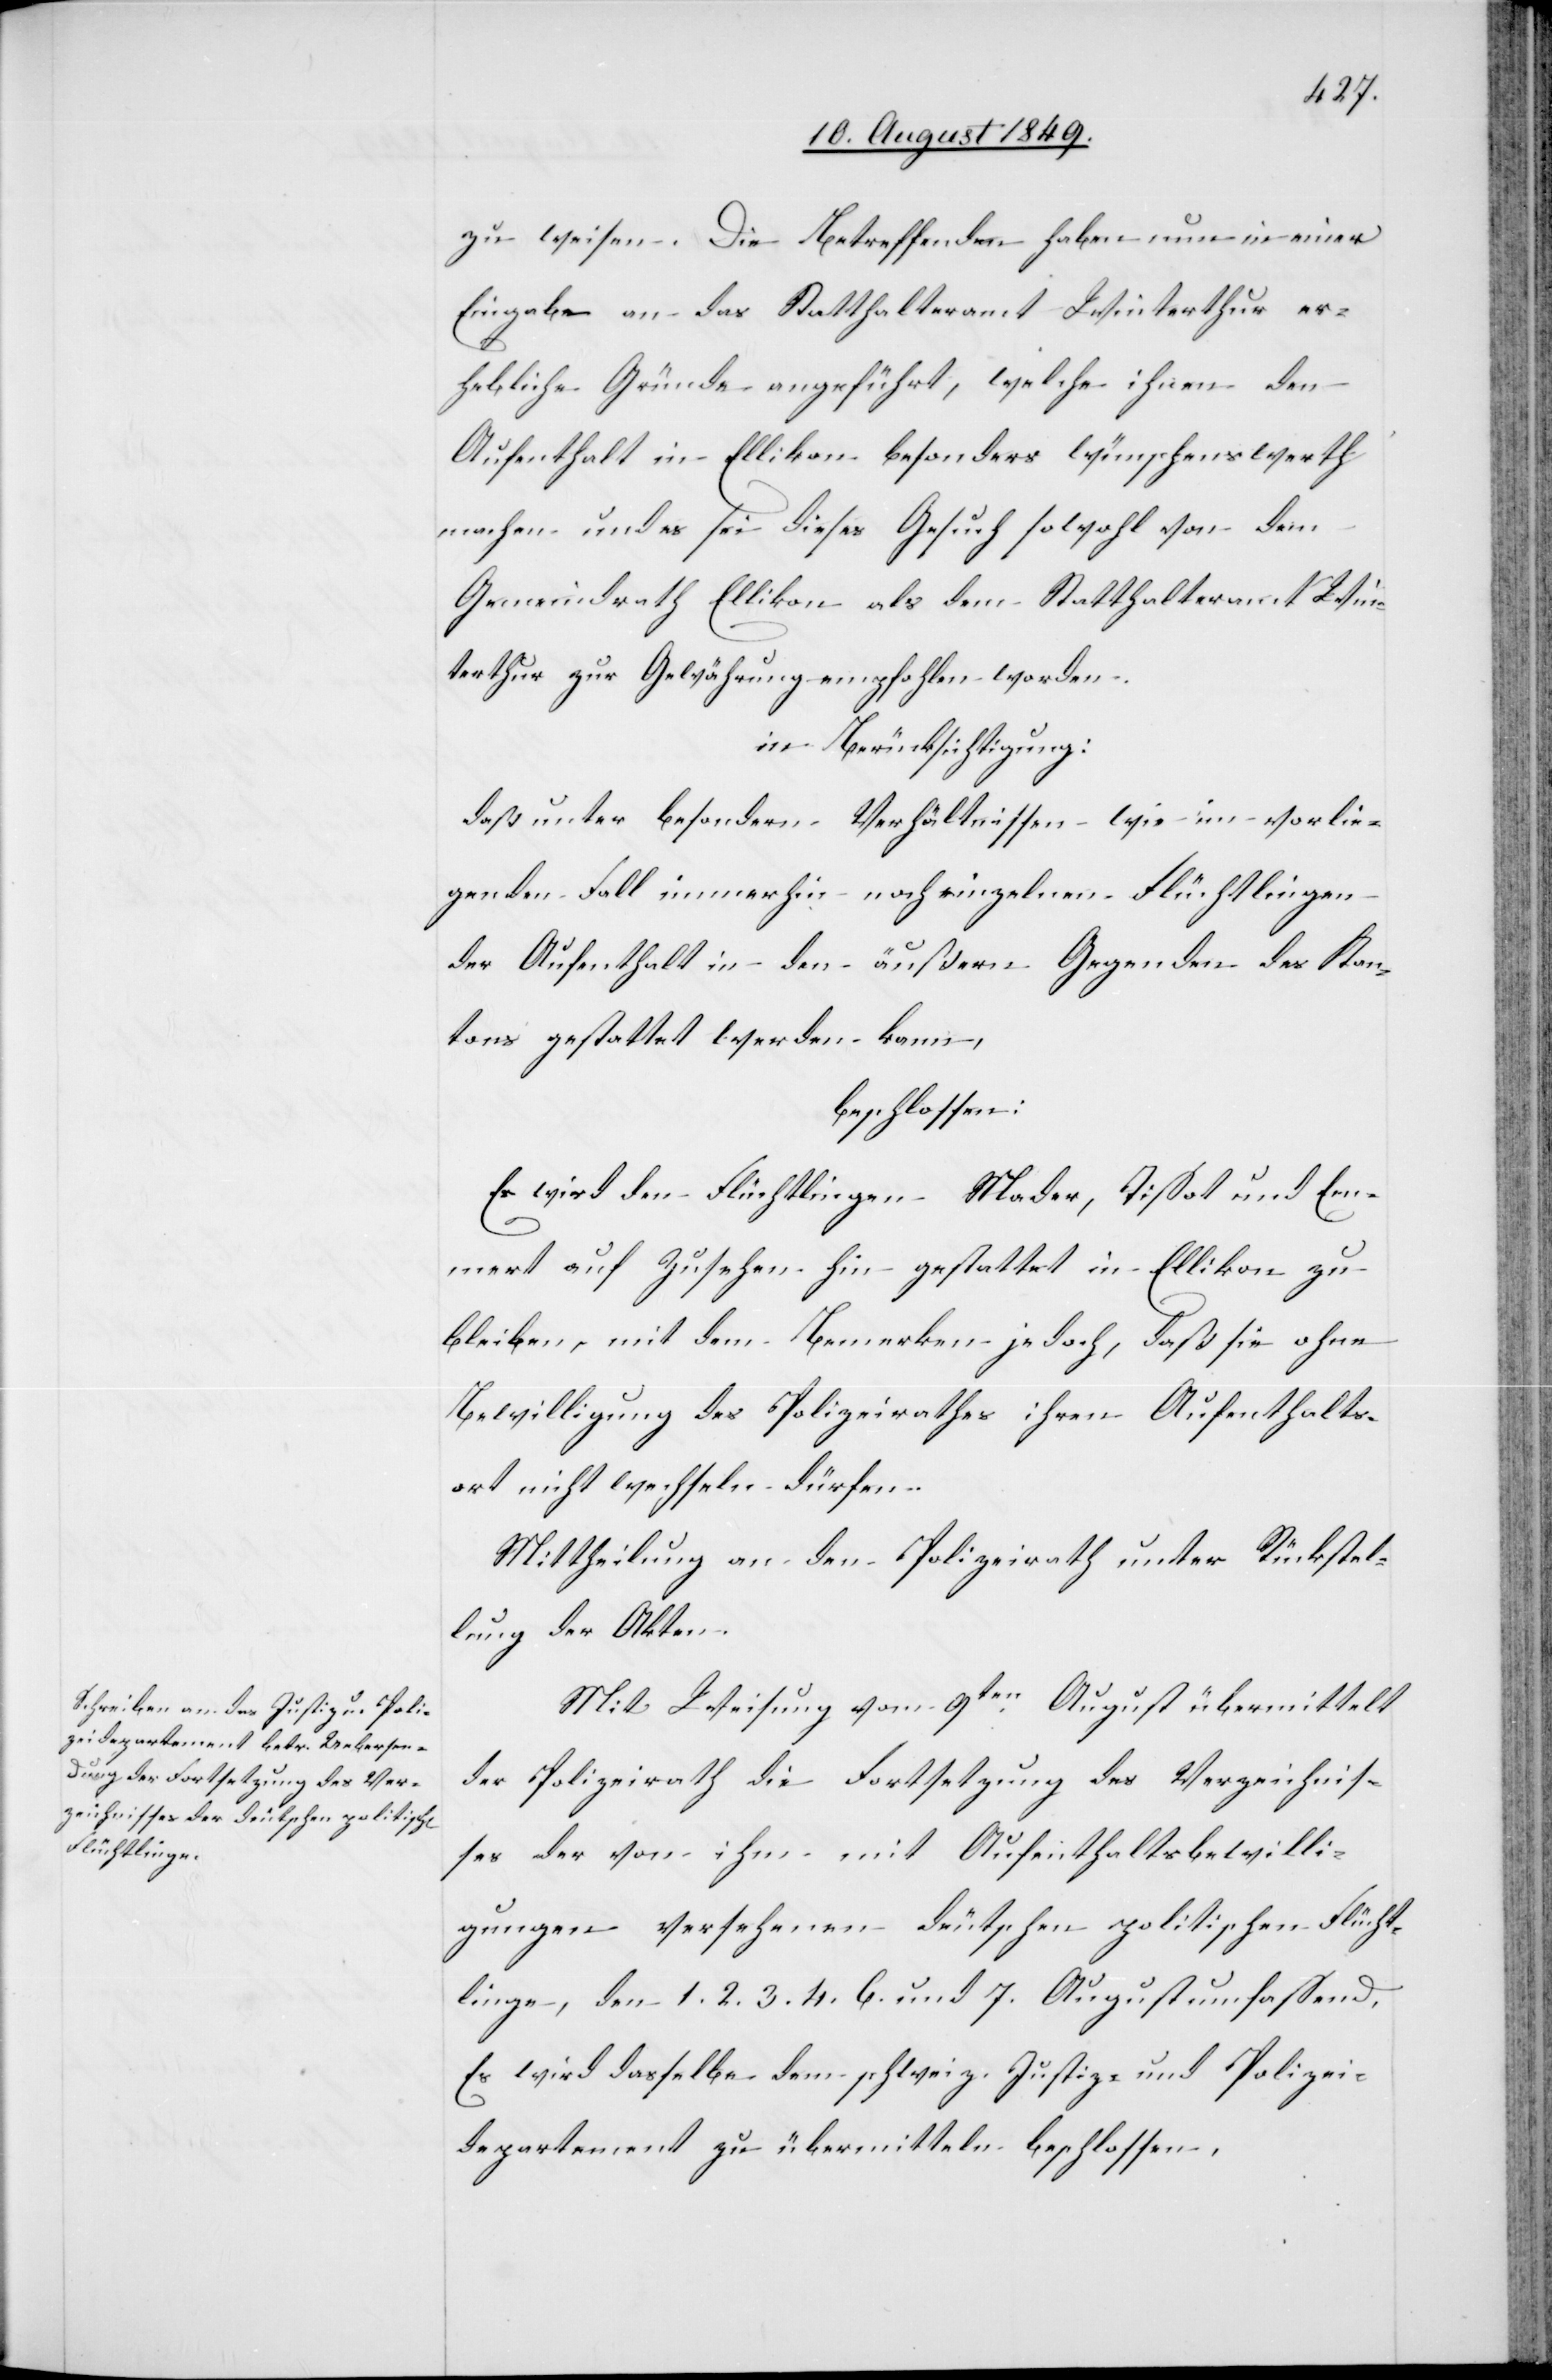
zu weisen. Die Betreffenden haben nun einer
Eingabe an das Statthalteramt Winterthur er¬
hebliche Gründe angeführt, welche ihnen den
Aufenthalt in Ellikon besonders wünschenswerth
machen und es sei dieses Gesuch sowohl von dem
Gemeindrath Ellikon als dem Statthalteramt Win¬
terthur zur Gewährung empfohlen worden.
in Berücksichtigung:
daß unter besondern Verhältnissen wie im vorlie¬
genden Fall immerhin noch einzelnen Flüchtlingen
der Aufenthalt in den äußern Gegenden des Kan¬
tons gestattet werden kann,
beschlossen:
Es wird den Flüchtlingen Mader,Tissot und Em¬
mmert auf Zusehen hin gestattet in Ellikon zu
bleiben, mit dem Bemerken jedoch, daß sie ohne
Bewilligung des Polizeirathes ihren Aufenthalts¬
ort nicht wechseln dürfen.
Mittheilung an den Polizeirath unter Rückstel¬
lung der Akten.
Mit Weisung vom 9ten August übermittelt
der Polizeirath die Fortsetzung des Verzeichnis¬
se der von ihm mit Aufenthaltsbewilli¬
gungen versehenen deutschen politischen Flücht¬
linge, den 1. 2. 3. 4. 6. und 7. August umfassend.
Es wird dasselbe dem schweiz. Justiz- und Polizei¬
departement zu übermitteln beschlossen.